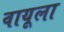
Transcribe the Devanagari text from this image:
वायूला